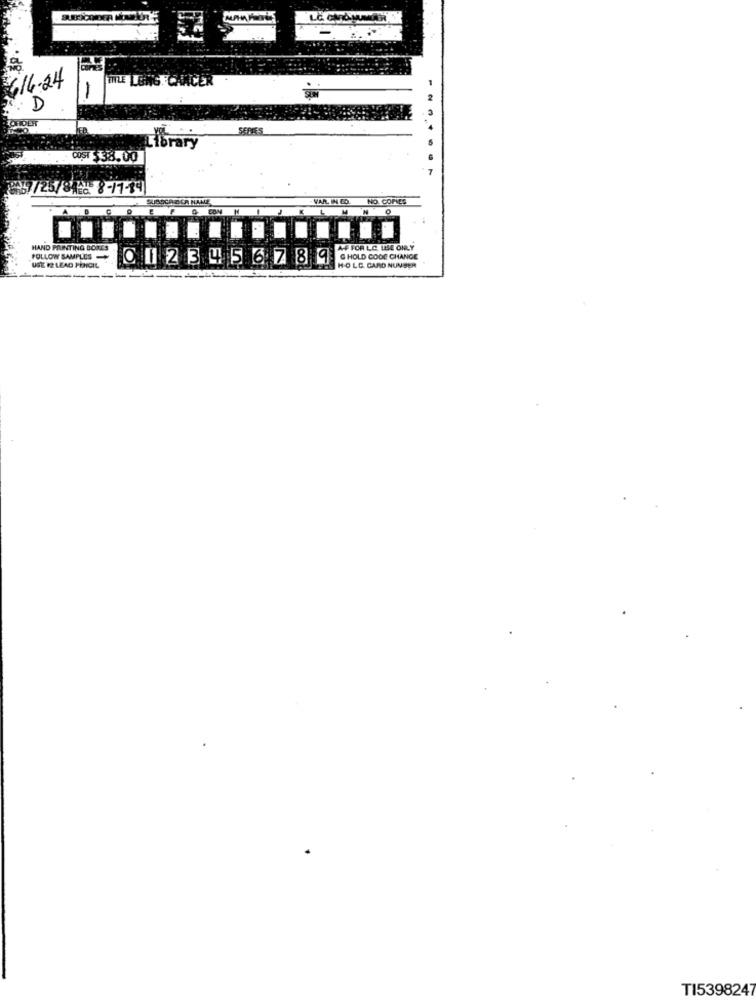
6.16.24
LITTLE LENG . CARCER
TORDER
SERVE
Library
POST $38.00
....
/25/8 22 8-11-14
SUBOCA DER NAME
-VAR IN CO.
NO. COPIES
HAND PRINTING BONES
AF FOR LO. WE ONLY
FOLLOW SAMPLES
3
2 5
6 7 8 9
G HOLD CODE CHANGE
USE R2 LEAD PENCIL
HOLE CARD NUMBER
TI5398247